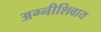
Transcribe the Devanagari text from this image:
अग्नीशिवाय